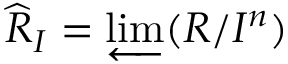
{ \widehat { R } } _ { I } = \varprojlim ( R / I ^ { n } )